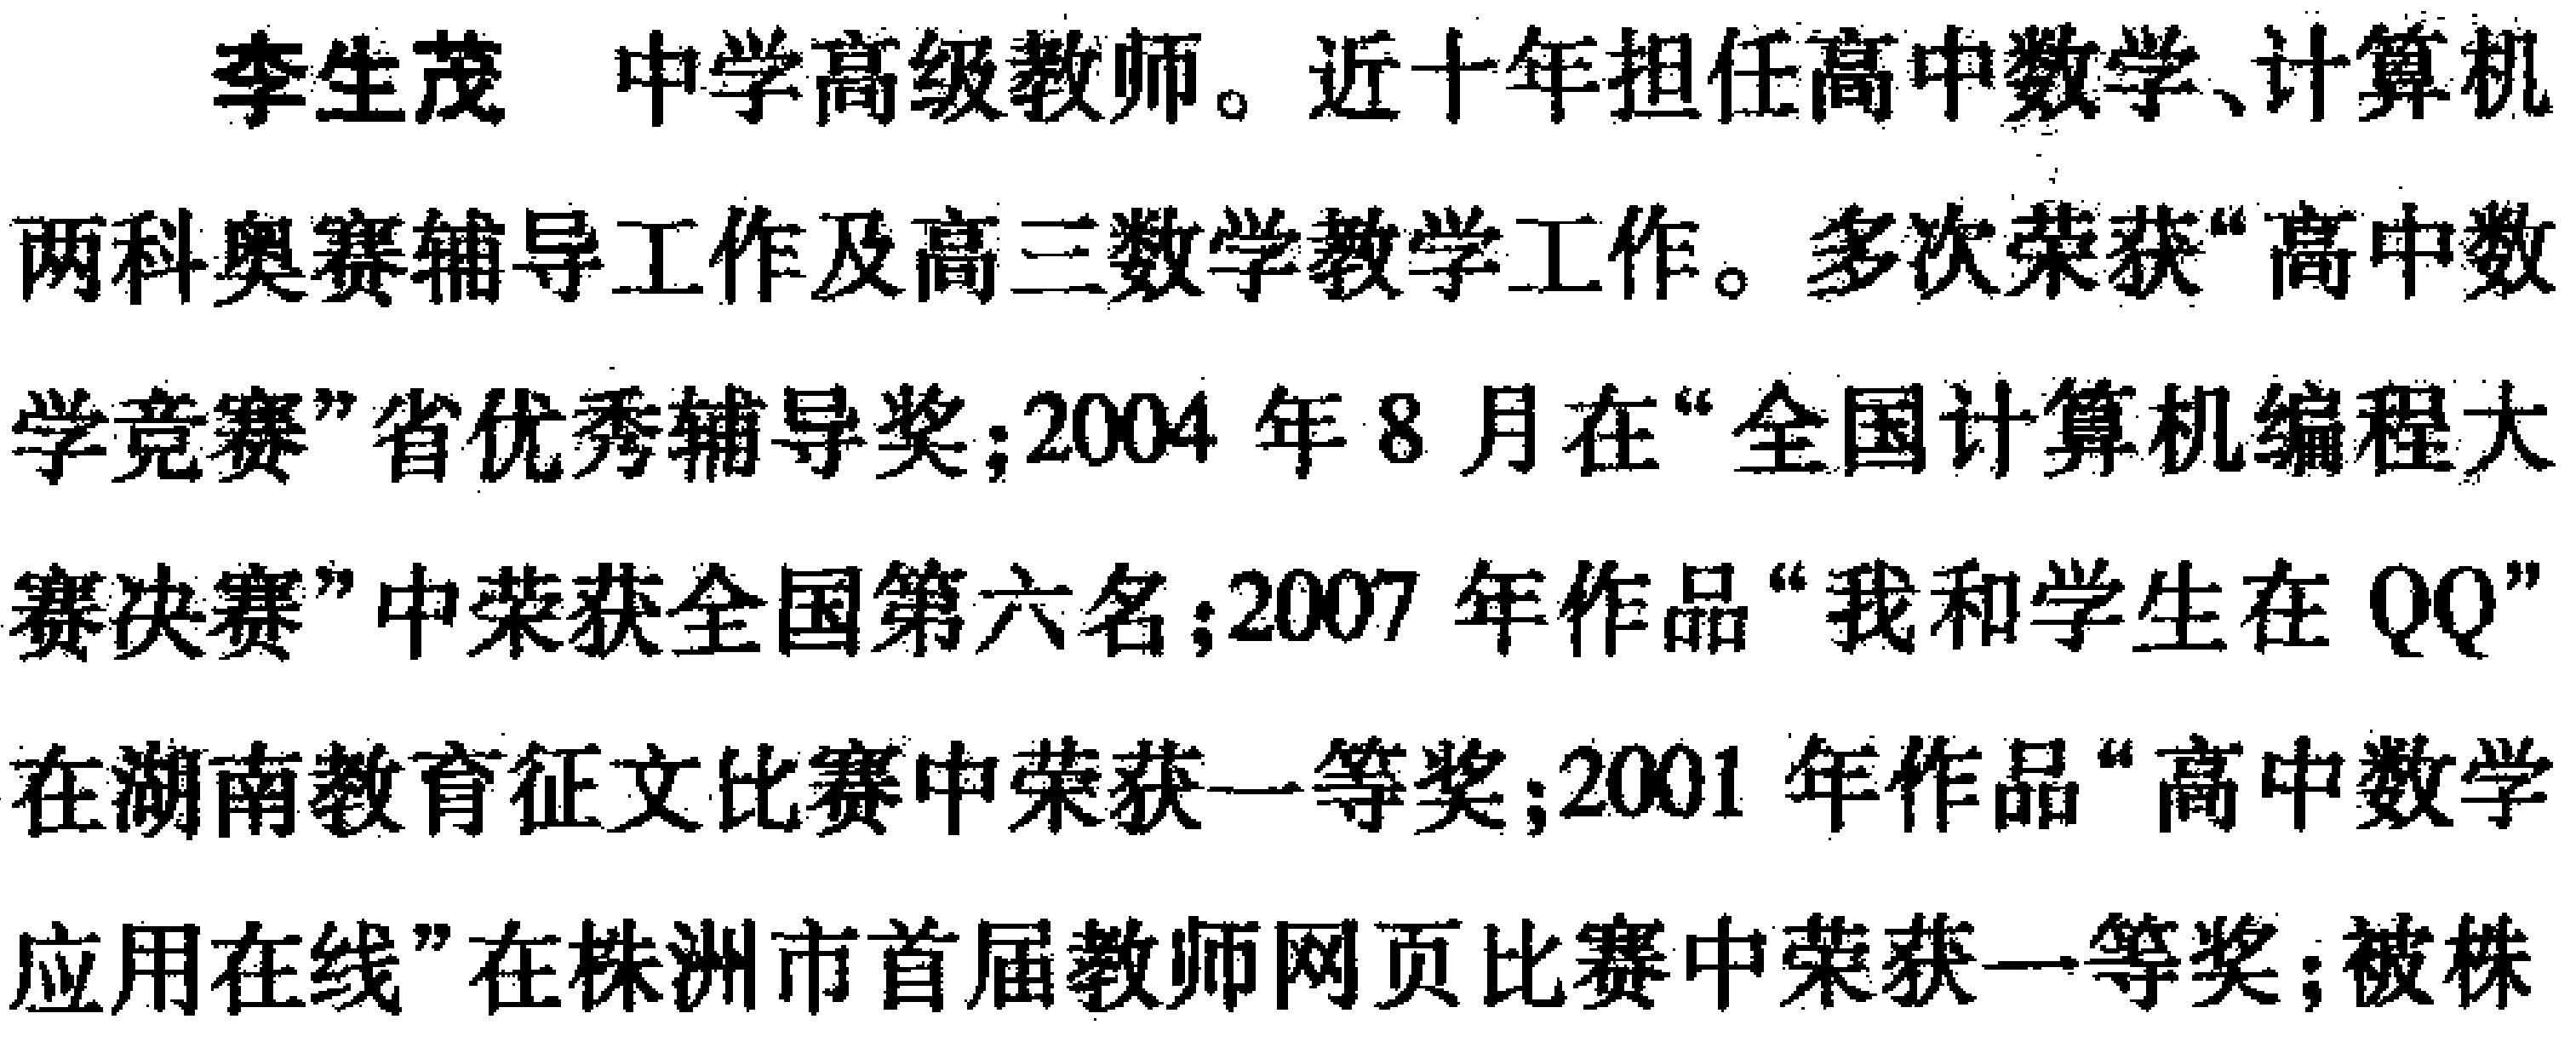
李生茂 中学高级教师。近十年担任高中数学、计算机两科奥赛辅导工作及高三数学教学工作。多次荣获“高中数学竞赛”省优秀辅导奖;2004 年 8 月在“全国计算机编程大赛决赛”中荣获全国第六名;2007 年作品“我和学生在 QQ”在湖南教育征文比赛中荣获一等奖;2001 年作品“高中数学应用在线”在株洲市首届教师网页比赛中荣获一等奖;被株